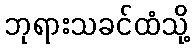
ဘုရားသခင်ထံသို့